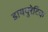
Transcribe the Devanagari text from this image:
डाययुरेटिक